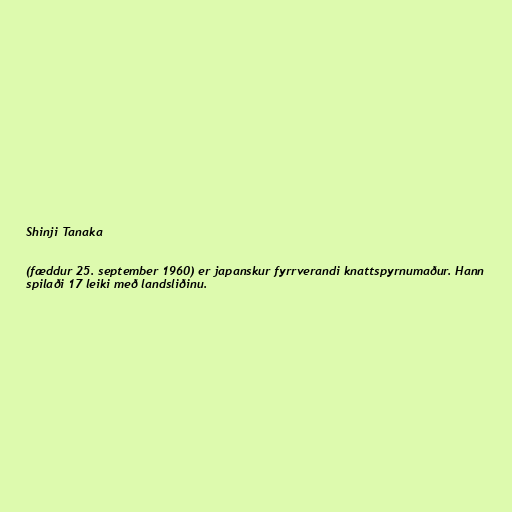
Shinji Tanaka

(fæddur 25. september 1960) er japanskur fyrrverandi knattspyrnumaður. Hann
spilaði 17 leiki með landsliðinu.